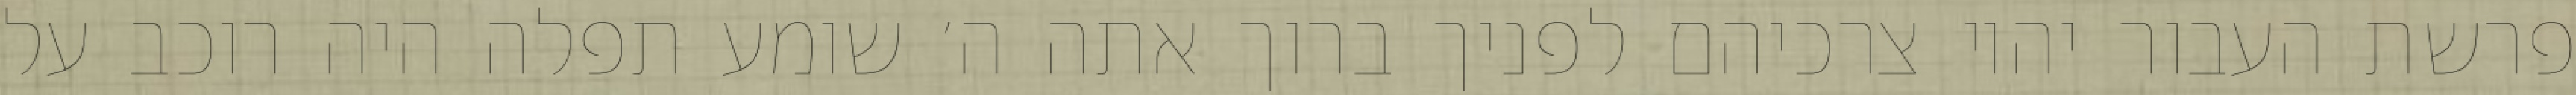
פרשת העבור יהיו צרכיהם לפניך ברוך אתה ה׳ שומע תפלה היה רוכב על